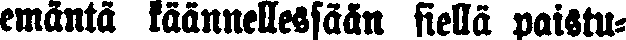
emäntä käännellessään siellä paistu-